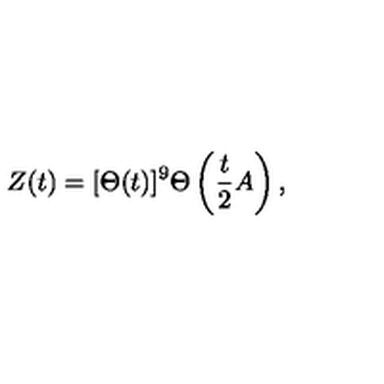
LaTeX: Z ( t ) = [ \Theta ( t ) ] ^ { 9 } \Theta \left( { \frac { t } { 2 } } A \right) ,